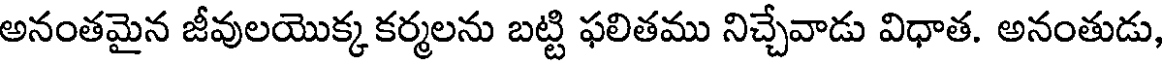
అనంతమైన జీవులయొక్క కర్మలను బట్టి ఫలితము నిచ్చేవాడు విధాత. అనంతుడు,